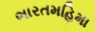
ભારતમહિમા